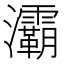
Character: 灞